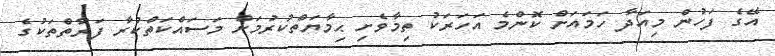
އޭގެ ފަހުން މިއަދާ ހަމައަށް ކޮންމެ އަހަރަކު ތިމާވެށި ޙިމާޔަތްކުރުމަށް މަސައްކަތްކުރާ ފަރާތްތަކުގެ